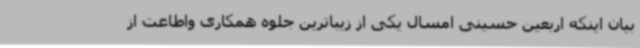
بیان اینکه اربعین حسینی امسال یکی از زیباترین جلوه همکاری واطاعت از